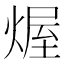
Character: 𤌆